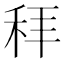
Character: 𬓥